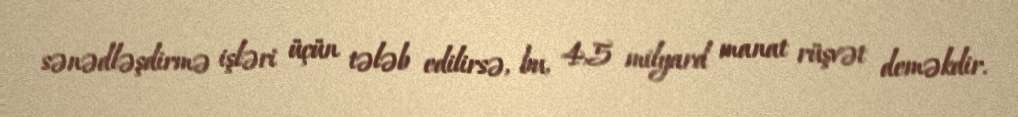
sənədləşdirmə işləri üçün tələb edilirsə, bu, 4,5 milyard manat rüşvət deməkdir.